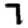
Digit: 7